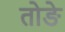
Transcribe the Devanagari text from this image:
तोङे